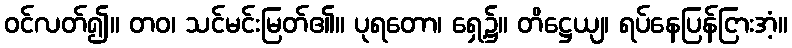
ဝင်လတ်၍။ တဝ၊ သင်မင်းမြတ်၏။ ပုရတော၊ ရှေ့၌။ တိဋ္ဌေယျ၊ ရပ်နေပြန်ငြားအံ့။